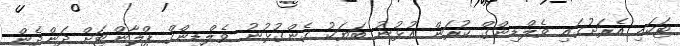
ޓަކައި އެރަށުގައި ވެލްޑިންގް ކުރަން އުޅުނު ބަޔަކު ގެންގުޅުނު ވެލްޑިންގް ޕްލާންޓަށް ދަންދެން